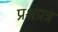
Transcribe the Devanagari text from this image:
प्रश्नप्रत्र